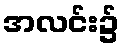
အလင်း၌